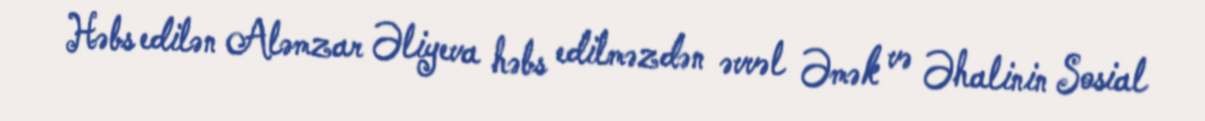
Həbs edilən Aləmzar Əliyeva həbs edilməzdən əvvəl Əmək və Əhalinin Sosial